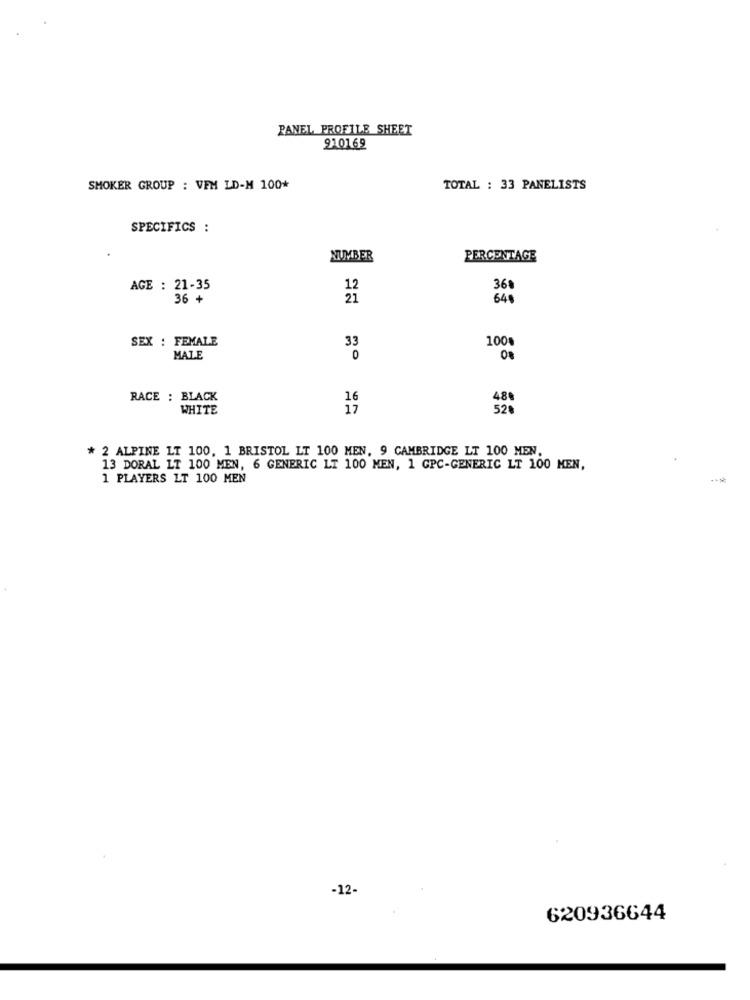
PANEL PROFILE SHEET
910169
SMOKER GROUP : VEM LD-M 100*
TOTAL : 33 PANELISTS
SPECIFICS :
NUMBER
PERCENTAGE
AGE : 21-35
36
36 +
64
SEX : FEMALE
100%
33
MALE
RACE : BLACK
16
48
WHITE
17
52
2 ALPINE LT 100, 1 BRISTOL LT 100 MEN. 9 CAMBRIDGE LT 100 MEN.
13 DORAL LT 100 MEN, 6 GENERIC LT 100 MEN, 1 GPC-GENERIC LT 100 MEN,
1 PLAYERS LT 100 MEN
-12-
620936644